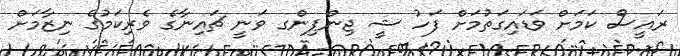
ރައީސް ކަމަށް ވަޑައިގަތުމަށް ފަހު ޝީ ޖިންޕިންގ ވަނީ ޗައިނާގެ ވެރިކަމުގެ ނިޒާމަށް